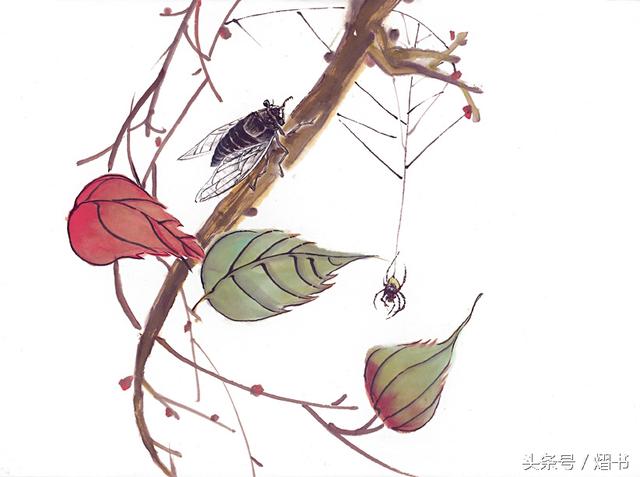
客从远方来，遗我双鲤鱼。